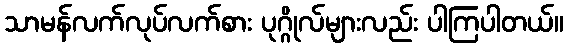
သာမန်လက်လုပ်လက်စား ပုဂ္ဂိုလ်များလည်း ပါကြပါတယ်။